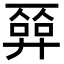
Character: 𢍦